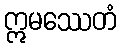
ဣမဿေတံ